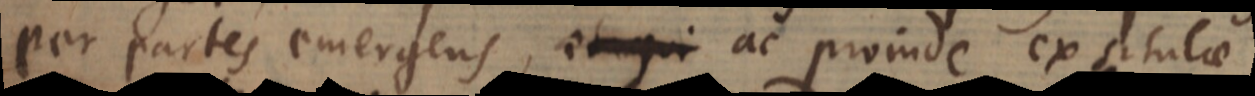
per partes emergens, et qui ac proinde ex situlae